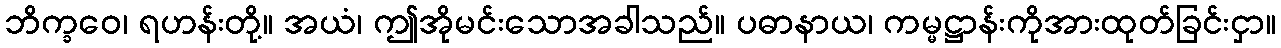
ဘိက္ခဝေ၊ ရဟန်းတို့။ အယံ၊ ဤအိုမင်းသောအခါသည်။ ပဓာနာယ၊ ကမ္မဋ္ဌာန်းကိုအားထုတ်ခြင်းငှာ။